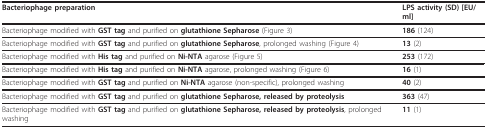
| Bacteriophage preparation | LPS activity (SD) [EU/ml] |
 | --- | --- |
 | Bacteriophage modified with GST tag and purified on glutathione Sepharose (Figure 3) | 186 (124) |
 | Bacteriophage modified with GST tag and purified on glutathione Sepharose, prolonged washing (Figure 4) | 13 (2) |
 | Bacteriophage modified with His tag and purified on Ni-NTA agarose (Figure 5) | 253 (172) |
 | Bacteriophage modified with His tag and purified on Ni-NTA agarose, prolonged washing (Figure 6) | 16 (1) |
 | Bacteriophage modified with GST tag and purified on Ni-NTA agarose (non-specific), prolonged washing | 40 (2) |
 | Bacteriophage modified with GST tag and purified on glutathione Sepharose, released by proteolysis | 363 (47) |
 | Bacteriophage modified with GST tag and purified on glutathione Sepharose, released by proteolysis, prolonged washing | 11 (1) |